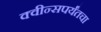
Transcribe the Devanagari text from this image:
क्वीन्सपर्यंतचा